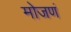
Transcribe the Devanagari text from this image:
मोजणं